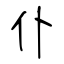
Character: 仆